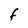
Character: F